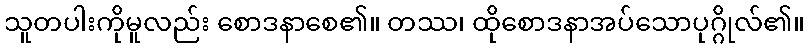
သူတပါးကိုမူလည်း စောဒနာစေ၏။ တဿ၊ ထိုစောဒနာအပ်သောပုဂ္ဂိုလ်၏။